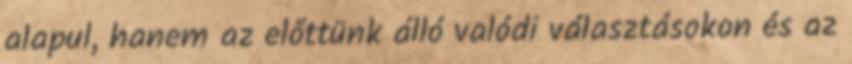
alapul, hanem az előttünk álló valódi választásokon és az